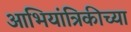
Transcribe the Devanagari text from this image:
आभियांत्रिकीच्या